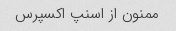
ممنون از اسنپ اکسپرس